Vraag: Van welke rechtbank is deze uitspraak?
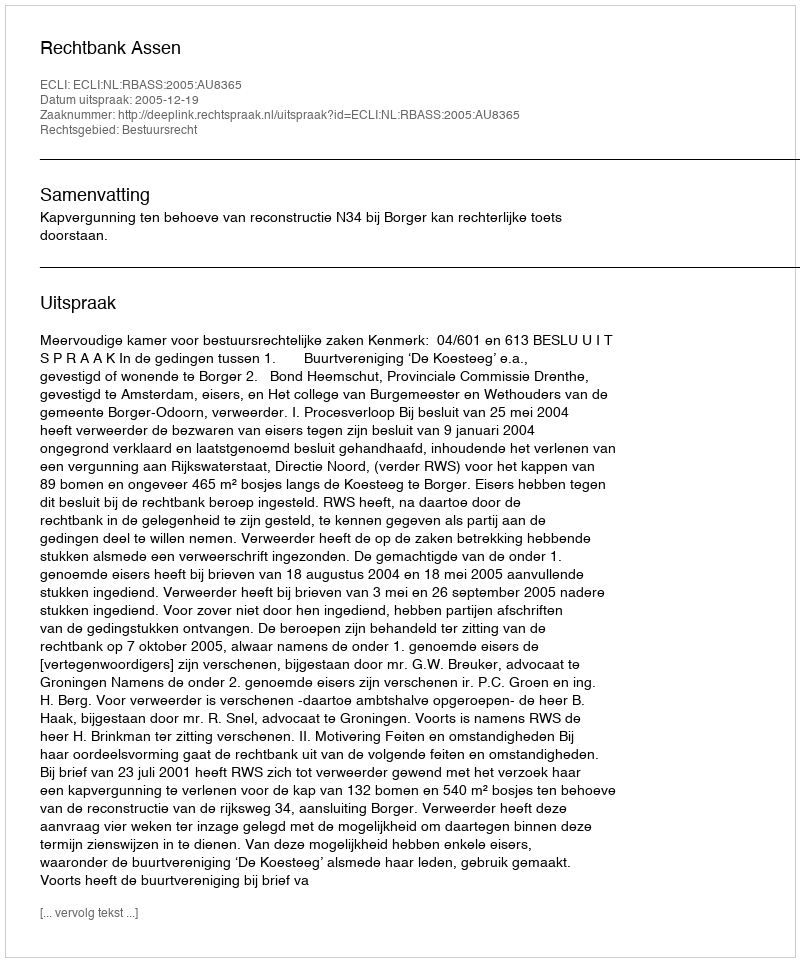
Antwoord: Rechtbank Assen